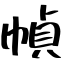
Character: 幀